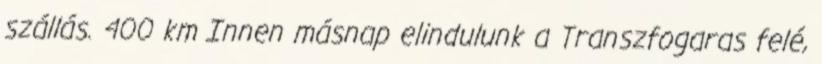
szállás. 400 km Innen másnap elindulunk a Transzfogaras felé,